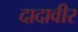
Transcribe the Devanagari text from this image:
दादावीर